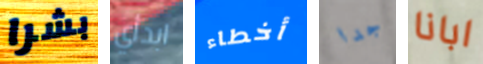
بشرا ابدأي أخطاء جدا ابانا